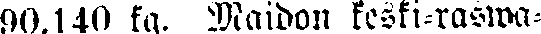
90,140 kg. Maidon keski-rasiva-